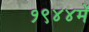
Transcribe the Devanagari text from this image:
१९४४में